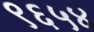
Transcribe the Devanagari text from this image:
९६५४